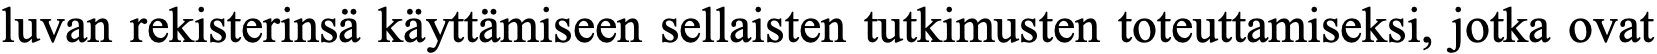
luvan rekisterinsä käyttämiseen sellaisten tutkimusten toteuttamiseksi, jotka ovat